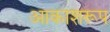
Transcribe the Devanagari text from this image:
आकाशरूप